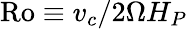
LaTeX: \mathrm{Ro}\equiv v_{c}/2\Omega H_{P}